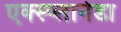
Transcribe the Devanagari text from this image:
एक्स्प्लानेडा